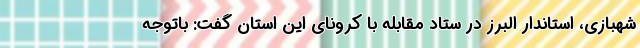
شهبازی، استاندار البرز در ستاد مقابله با کرونای این استان گفت: باتوجه